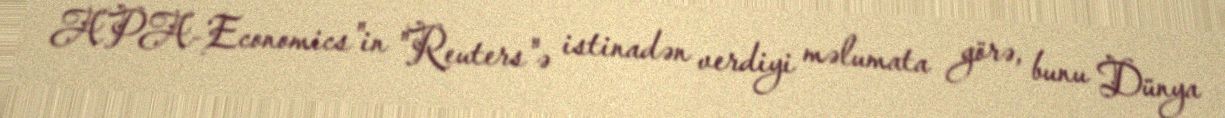
APA-Economics"in "Reuters"ə istinadən verdiyi məlumata görə, bunu Dünya